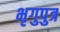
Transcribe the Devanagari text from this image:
भृगुपुत्र